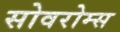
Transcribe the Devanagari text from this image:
सोवरोम्स